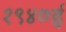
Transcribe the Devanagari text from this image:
१९४७ई